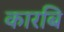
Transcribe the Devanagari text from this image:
कारबि